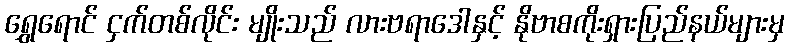
ရွှေရောင် ငှက်တစ်လိုင်း မျိုးသည် လားဗရာဒေါနှင့် နိုဗာစကိုးရှားပြည်နယ်များမှ